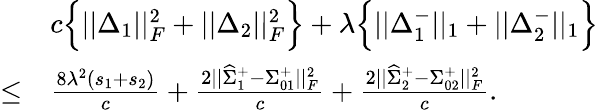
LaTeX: \begin{array}{rl}&{c\Big\{ ||\Delta_{1}||_{F}^{2}+||\Delta_{2}||_{F}^{2}\Big\} +\lambda\Big\{ ||\Delta_{1}^{-}||_{1}+||\Delta_{2}^{-}||_{1}\Big\} }\\ {\leq}&{\frac{8\lambda^{2}(s_{1}+s_{2})}{c}+\frac{2||\widehat{\Sigma}_{1}^{+}-\Sigma_{01}^{+}||_{F}^{2}}{c}+\frac{2||\widehat{\Sigma}_{2}^{+}-\Sigma_{02}^{+}||_{F}^{2}}{c}.}\end{array}